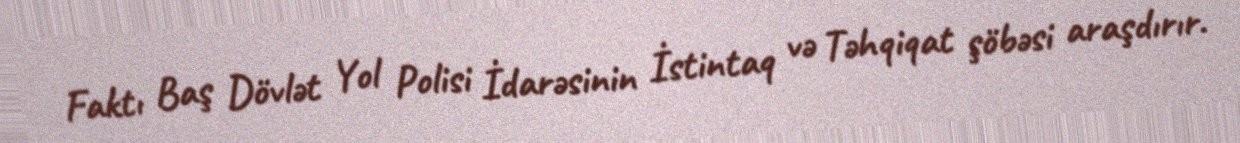
Faktı Baş Dövlət Yol Polisi İdarəsinin İstintaq və Təhqiqat şöbəsi araşdırır.